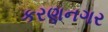
કરણનગર